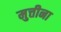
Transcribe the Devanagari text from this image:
मुत्तीना